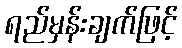
ရည်မှန်းချက်ဖြင့်